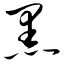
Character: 黑